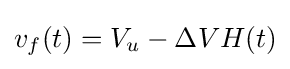
v_{f}(t)=V_{u}-\Delta VH(t)